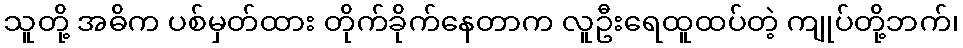
သူတို့ အဓိက ပစ်မှတ်ထား တိုက်ခိုက်နေတာက လူဦးရေထူထပ်တဲ့ ကျုပ်တို့ဘက်၊